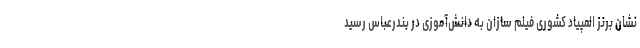
نشان برنز المپیاد کشوری فیلم سازان به دانش‌آموزی در بندرعباس رسید